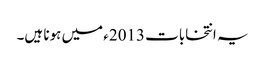
یہ انتخابات 2013ء میں ہونا ہیں۔